画像に写った文字を読んでください
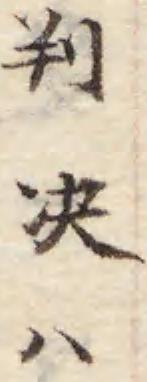
「判决ハ」と書いてあります